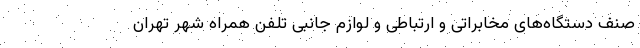
صنف دستگاه‌های مخابراتی و ارتباطی و لوازم جانبی تلفن همراه شهر تهران